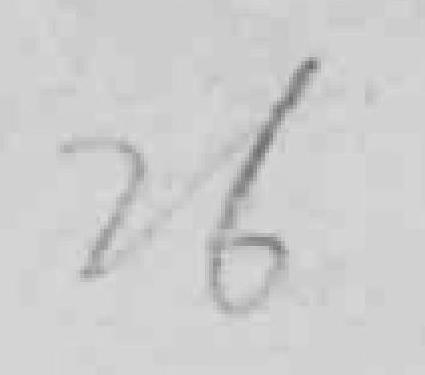
26